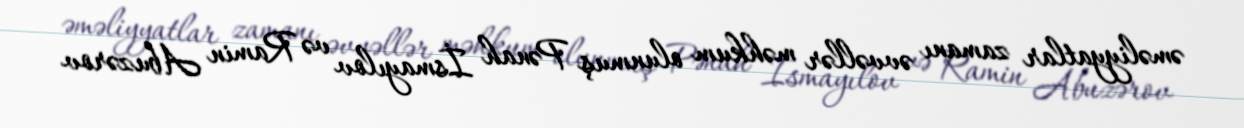
əməliyyatlar zamanı əvvəllər məhkum olunmuş Pənah İsmayılov və Ramin Abuzərov